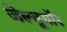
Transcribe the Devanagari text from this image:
जेल्यूगॉर